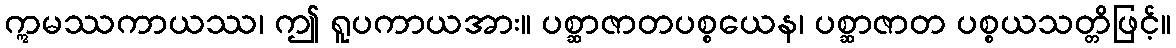
ဣမဿကာယဿ၊ ဤ ရူပကာယအား။ ပစ္ဆာဇာတပစ္စယေန၊ ပစ္ဆာဇာတ ပစ္စယသတ္တိဖြင့်။